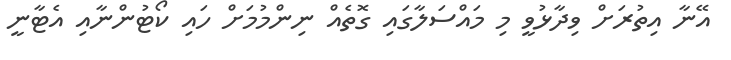
އޭނާ އިތުރަށް ވިދާޅުވީ މި މައްސަލާގައި ގޮތެއް ނިންމުމަށް ހައި ކޯޓުންނާއި އެޓާނީ